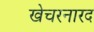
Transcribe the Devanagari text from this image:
खेचरनारद